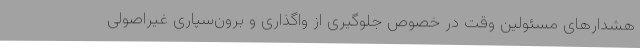
هشدارهای مسئولین وقت در خصوص جلوگیری از واگذاری و برون‌سپاری غیراصولی